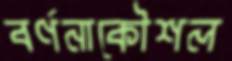
বর্ণনাকৌশল